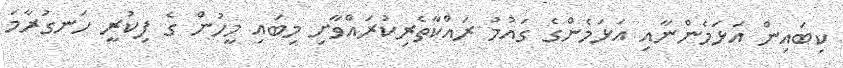
ކިބައިން އަޅަމެންނާއި އަޅަމެންގެ ގައުމު ރައްކާތެރިކުރައްވާށި މިބައި މީހުން ގެ ފިކުރީ ހަނގުރާމަ